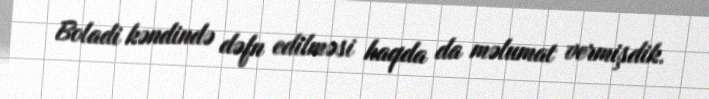
Boladi kəndində dəfn edilməsi haqda da məlumat vermişdik.